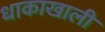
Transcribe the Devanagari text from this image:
धाकाखाली